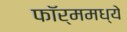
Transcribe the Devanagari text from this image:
फॉर्ममध्‍ये